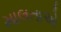
માલતાએ